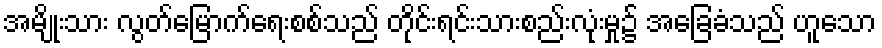
အမျိုးသား လွတ်မြောက်ရေးစစ်သည် တိုင်းရင်းသားစည်းလုံးမှု၌ အခြေခံသည် ဟူသော